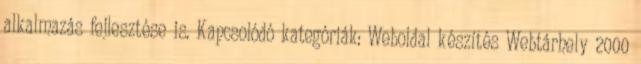
alkalmazás fejlesztése is. Kapcsolódó kategóriák: Weboldal készítés Webtárhely 2000